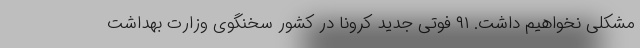
مشکلی نخواهیم داشت. ۹۱ فوتی جدید کرونا در کشور سخنگوی وزارت بهداشت